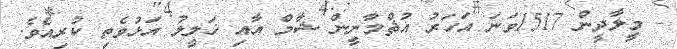
- މީލާދީން 1517ވަނަ އަހަރު އުޘްމާނީން ޝާމް އާއި ޚަލީލު އަޅުވެތި ކުރިއެވެ.